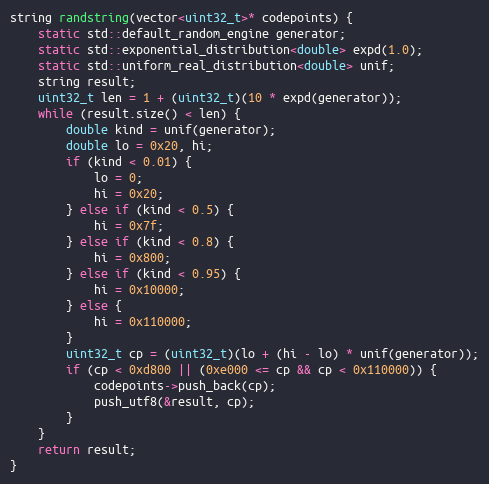
Language: C++
string randstring(vector<uint32_t>* codepoints) {
    static std::default_random_engine generator;
    static std::exponential_distribution<double> expd(1.0);
    static std::uniform_real_distribution<double> unif;
    string result;
    uint32_t len = 1 + (uint32_t)(10 * expd(generator));
    while (result.size() < len) {
        double kind = unif(generator);
        double lo = 0x20, hi;
        if (kind < 0.01) {
            lo = 0;
            hi = 0x20;
        } else if (kind < 0.5) {
            hi = 0x7f;
        } else if (kind < 0.8) {
            hi = 0x800;
        } else if (kind < 0.95) {
            hi = 0x10000;
        } else {
            hi = 0x110000;
        }
        uint32_t cp = (uint32_t)(lo + (hi - lo) * unif(generator));
        if (cp < 0xd800 || (0xe000 <= cp && cp < 0x110000)) {
            codepoints->push_back(cp);
            push_utf8(&result, cp);
        }
    }
    return result;
}